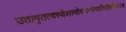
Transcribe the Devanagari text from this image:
उतामृतत्वस्येशानोयदन्नेनातिरोहति॥२॥